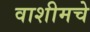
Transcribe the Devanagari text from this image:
वाशीमचे